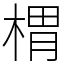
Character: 𣖜